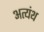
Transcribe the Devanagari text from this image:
अत्यंथ